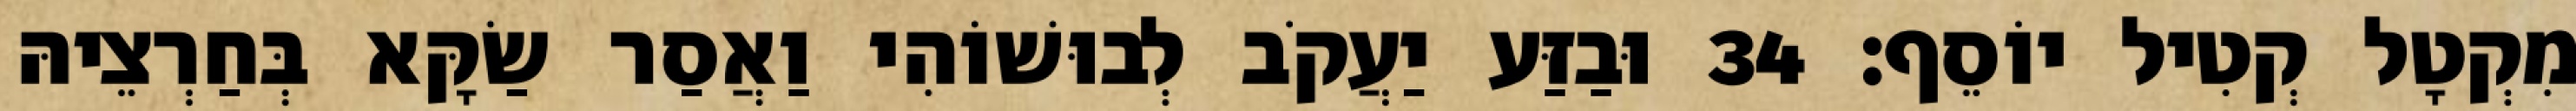
מִקְטָל קְטִיל יוֹסֵף׃ 34 וּבַזַּע יַעֲקֹב לְבוּשׁוֹהִי וַאֲסַר שַׂקָּא בְּחַרְצֵיהּ